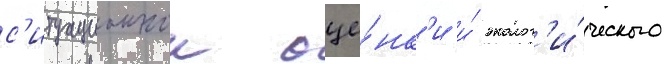
с'итуационнои оце́нк'и и́ эколог'и́ческого